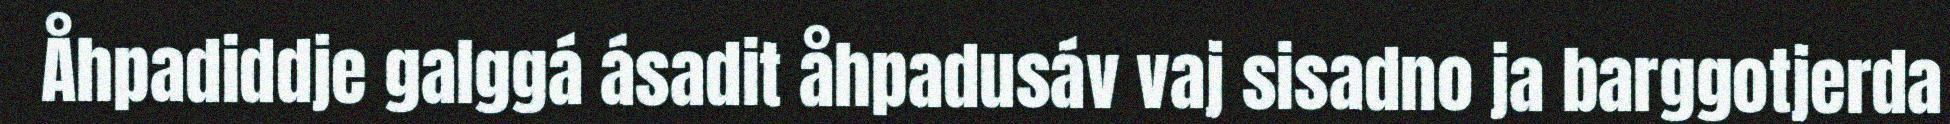
Åhpadiddje galggá ásadit åhpadusáv vaj sisadno ja barggotjerda